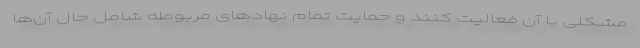
مشکلی با آن فعالیت کنند و حمایت تمام نهاد‌های مربوطه شامل حال آن‌ها